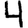
Digit: 4